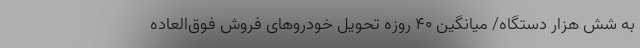
به شش هزار دستگاه/ میانگین ۴۰ روزه تحویل خودروهای فروش فوق‌العاده